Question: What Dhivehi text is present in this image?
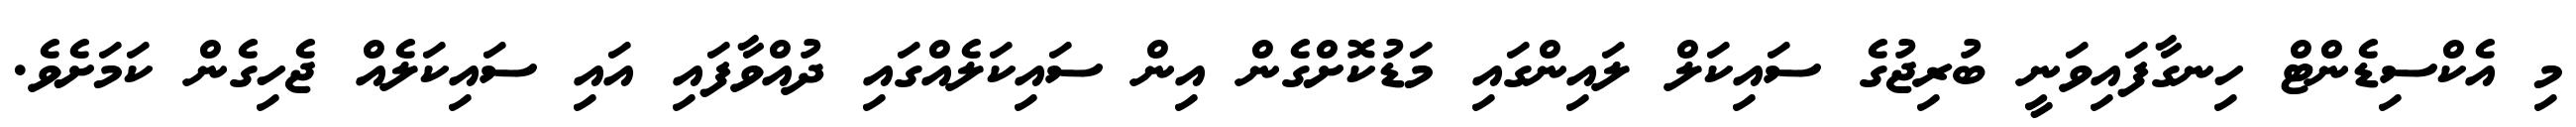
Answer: މި އެކްސިޑެންޓް ހިނގާފައިވަނީ ބުރިޖުގެ ސައިކަލް ލައިންގައި މަޑުކޮށްގެން އިން ސައިކަލެއްގައި ދުއްވާފައި އައި ސައިކަލެއް ޖެހިގެން ކަމަށެވެ.